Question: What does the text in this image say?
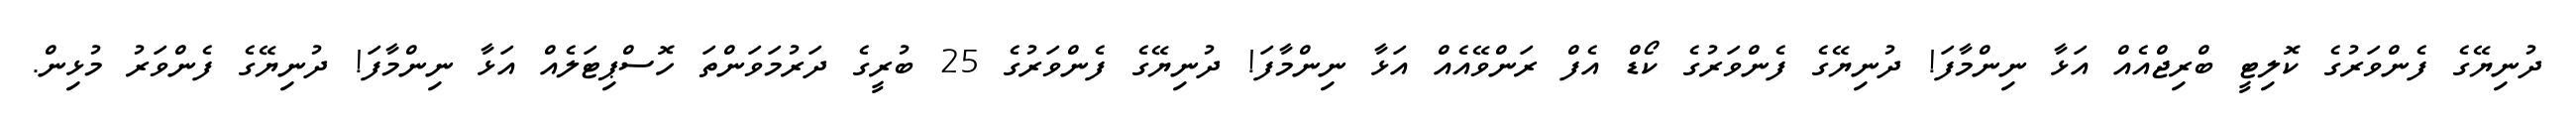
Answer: ދުނިޔޭގެ ފެންވަރުގެ ކޮލިޓީ ބްރިޖްއެއް އަޅާ ނިންމާފަ! ދުނިޔޭގެ ފެންވަރުގެ ކޯޑް އެފް ރަންވޭއެއް އަޅާ ނިންމާފަ! ދުނިޔޭގެ ފެންވަރުގެ 25 ބުރީގެ ދަރުމަވަންތަ ހޮސްޕިޓަލެއް އަޅާ ނިންމާފަ! ދުނިޔޭގެ ފެންވަރު މުޅިން.